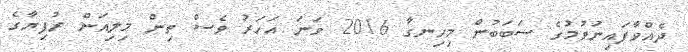
ދެއްވާފައިނުވުމުގެ ސަބަބުން މިހިނގާ 2016 ވަނަ އަހަރު ވެސް ތިން މިލިއަން ރުފިޔާގެ